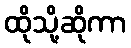
ထိုသို့ဆိုကာ